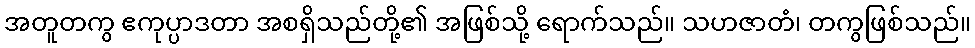
အတူတကွ ဧကုပ္ပာဒတာ အစရှိသည်တို့၏ အဖြစ်သို့ ရောက်သည်။ သဟဇာတံ၊ တကွဖြစ်သည်။